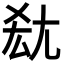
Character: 𡯤